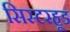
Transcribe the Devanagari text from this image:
सिस्टरहूड